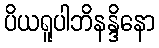
ပိယရူပါဘိနန္ဒိနော